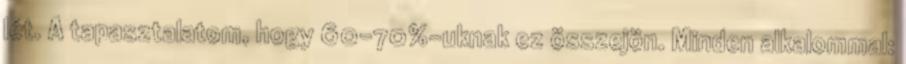
lét. A tapasztalatom, hogy 60-70%-uknak ez összejön. Minden alkalommal: